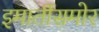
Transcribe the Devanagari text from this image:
इमार्तीसमोर